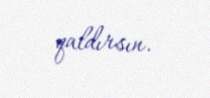
qaldırsın.